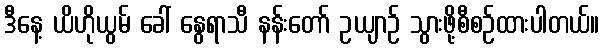
ဒီနေ့ ယိဟိုယွမ် ခေါ် နွေရာသီ နန်းတော် ဥယျာဉ် သွားဖို့စီစဉ်ထားပါတယ်။